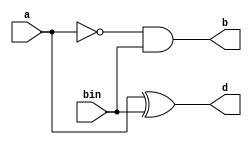
`timescale 1ns / 1ps
//////////////////////////////////////////////////////////////////////////////////
// Company: 
// Engineer: 
// 
// Design Name: 
// Module Name:    hs_12_2 
// Project Name: 
// Target Devices: 
// Tool versions: 
// Description: 
//
// Dependencies: 
//
// Revision: 
// Revision 0.01 - File Created
// Additional Comments: 
//
//////////////////////////////////////////////////////////////////////////////////
module hs_12_2(
    input a,
    input bin,
    output d,
    output b
    );
	 xor (d,a,bin);
	 and (b,(~a),bin);


endmodule